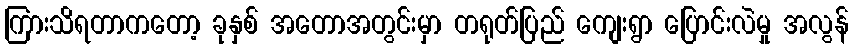
ကြားသိရတာကတော့ ခုနှစ် အတောအတွင်းမှာ တရုတ်ပြည် ကျေးရွာ ပြောင်းလဲမှု အလွန်